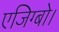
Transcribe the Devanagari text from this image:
एजिग्बो।